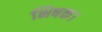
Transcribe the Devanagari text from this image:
भिषक।